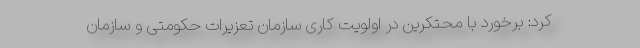
کرد: برخورد با محتکرین در اولویت کاری سازمان تعزیرات حکومتی و سازمان